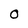
Character: 0